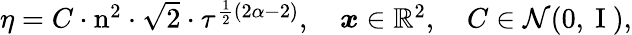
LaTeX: \begin{array}{r}{\eta=C\cdot\mathrm{n}^{2}\cdot\sqrt{2}\cdot\tau^{\frac{1}{2}(2\alpha-2)},\quad\boldsymbol{x}\in\mathbb{R}^{2},\quad C\in\mathcal{N}(0,\mathrm{~I~}),}\end{array}